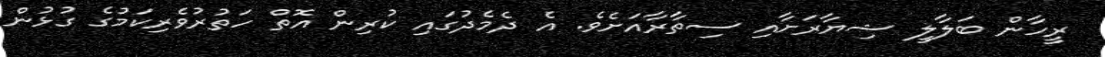
ރީހާން ބަލާލީ ޝިޔާރަށާއި ސިތާރާއަށެވެ. އެ ދެމެދުގައި ކުރިން އޮތް ހަތުރުވެރިކަމުގެ ގުޅުން